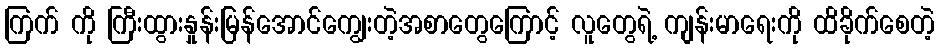
ကြက် ကို ကြီးထွားနှုန်းမြန်အောင်ကျွေးတဲ့အစာတွေကြောင့် လူတွေရဲ့ ကျန်းမာရေးကို ထိခိုက်စေတဲ့